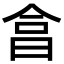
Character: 𣌭